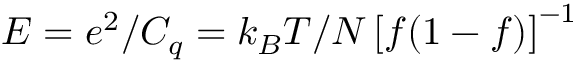
E = e ^ { 2 } / C _ { q } = k _ { B } T / N \left[ f ( 1 - f ) \right] ^ { - 1 }